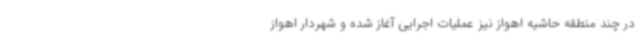
در چند منطقه حاشیه اهواز نیز عملیات اجرایی آغاز شده و شهردار اهواز